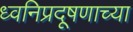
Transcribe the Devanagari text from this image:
ध्वनिप्रदूषणाच्या